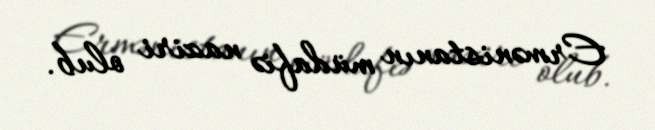
Ermənistanın müdafiə naziri olub.